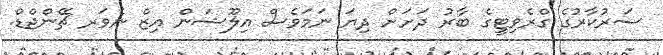
ސަރުކާރުގެ ގްރެވިޓީގެ ބާރު ދަށަށް ދިޔަ ނަމަވެސް އިލޫޝަން އިޒް ނެވަރ ޗޭންޖްޑް.